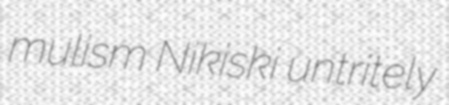
mulism Nikiski untritely